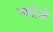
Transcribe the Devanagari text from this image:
न्योज़े